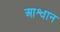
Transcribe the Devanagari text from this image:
आश्वान